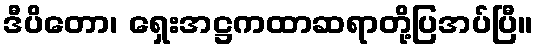
ဒီပိတော၊ ရှေးအဋ္ဌကထာဆရာတို့ပြအပ်ပြီ။